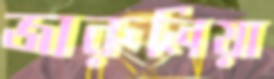
জারুলিয়া